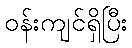
ဝန်းကျင်ရှိပြီး